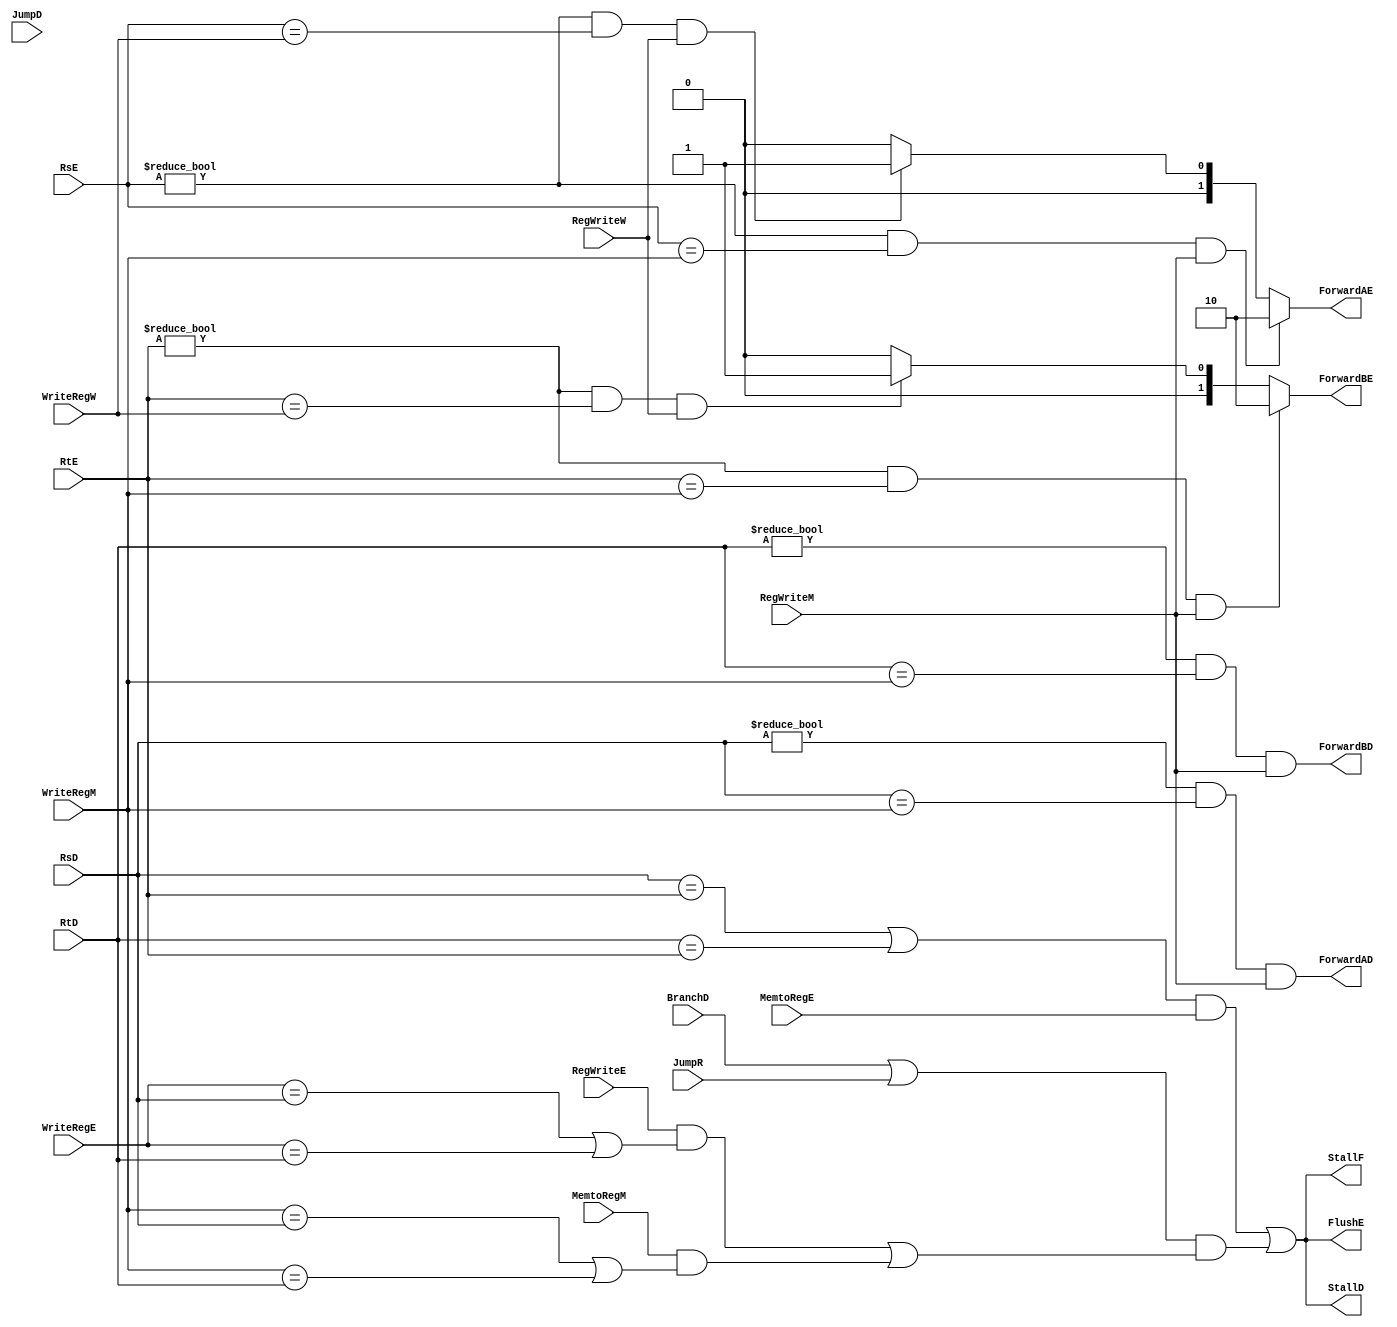
`timescale 1ns / 1ps
//////////////////////////////////////////////////////////////////////////////////
// Company: 
// Engineer: 
// 
// Design Name: 
// Module Name:    HazardUnit 
// Project Name: 
// Target Devices: 
// Tool versions: 
// Description: 
//
// Dependencies: 
//
// Revision: 
// Revision 0.01 - File Created
// Additional Comments: 
//
////////
//////////////////////////////////////////////////////////////////////////
module HazardUnit(
	input JumpD,
	input BranchD,
	input MemtoRegE,
	input RegWriteE,
	input MemtoRegM,
	input RegWriteM,
	input RegWriteW,
	input JumpR,
	input [4:0]RsD,
	input [4:0]RtD,
	input [4:0]RsE,
	input [4:0]RtE,
	input [4:0]WriteRegE,
	input [4:0]WriteRegM,
	input [4:0]WriteRegW,
	
	output StallF,
	output StallD,
	output ForwardAD,
	output ForwardBD,
	output FlushE,
	output reg [1:0]ForwardAE,
	output reg [1:0]ForwardBE
    );

	wire Lwstall;
	wire BranchStall;
	
	assign #1 Lwstall=((RsD==RtE)|(RtD==RtE))&MemtoRegE;
	assign #1 BranchStall=(BranchD|JumpR)&(RegWriteE&(WriteRegE==RsD|WriteRegE==RtD)|MemtoRegM&(WriteRegM==RsD|WriteRegM==RtD));
	
	assign ForwardAD=(RsD!=0&RsD==WriteRegM&RegWriteM);
	assign ForwardBD=(RtD!=0&RtD==WriteRegM&RegWriteM);
	
	assign StallF=Lwstall|BranchStall;
	assign StallD=Lwstall|BranchStall;
	assign FlushE=Lwstall|BranchStall;
	
always@(*)
begin
	ForwardAE=0;
	ForwardBE=0;
	if((RsE!=0)&&(RsE==WriteRegM)&&RegWriteM)
		ForwardAE=2;
	else if((RsE!=0)&&(RsE==WriteRegW)&&RegWriteW)
		ForwardAE=1;

	if((RtE!=0)&&(RtE==WriteRegM)&&RegWriteM)
		ForwardBE=2;
	else if((RtE!=0)&&(RtE==WriteRegW)&&RegWriteW)
		ForwardBE=1;
end
	
endmodule